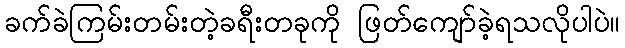
ခက်ခဲကြမ်းတမ်းတဲ့ခရီးတခုကို ဖြတ်ကျော်ခဲ့ရသလိုပါပဲ။